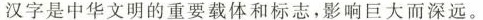
汉字是中华文明的重要载体和标志，影响巨大而深远。